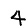
Digit: 4